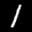
Label: 1